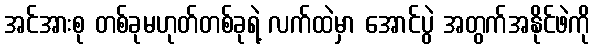
အင်အားစု တစ်ခုမဟုတ်တစ်ခုရဲ့ လက်ထဲမှာ အောင်ပွဲ အတွက်အနိုင်ဖဲကို